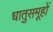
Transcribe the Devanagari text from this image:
धातुसमूहों